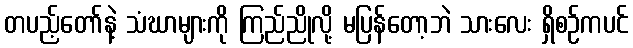
တပည့်တော်နဲ့ သံဃာများကို ကြည်ညိုလို့ မပြန်တော့ဘဲ သားလေး ရှိစဉ်ကပင်